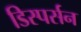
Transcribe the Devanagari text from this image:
डिस्पर्सन